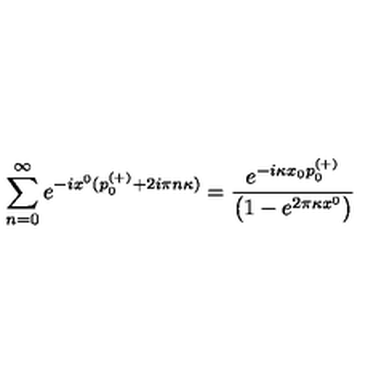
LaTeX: \sum _ { n = 0 } ^ { \infty } e ^ { - i x ^ { 0 } ( p _ { 0 } ^ { ( + ) } + 2 i \pi n \kappa ) } = { \frac { e ^ { - i \kappa x _ { 0 } p _ { 0 } ^ { ( + ) } } } { \left( 1 - e ^ { 2 \pi \kappa x ^ { 0 } } \right) } }